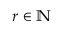
r \in \mathbb { N }